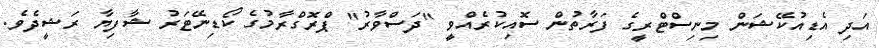
އަދި އެޑިއުކޭޝަން މިނިސްޓްރީގެ ފަރާތުން ސޮއިކުރެއްވީ "ދަސްވާރު" ޕްރޮގްރާމުގެ ކޯޑިނޭޓަރު ޝާފިޔާ ރަޝީދެވެ.